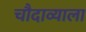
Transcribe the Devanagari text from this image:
चौदाव्याला